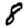
Digit: 8